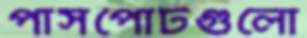
পাসপোর্টগুলো